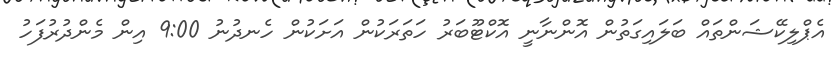
އެޕްލިކޭޝަންތައް ބަލައިގަތުން އޮންނާނީ އޮކްޓޫބަރު ހަތަރަކުން އަށަކުން ހެނދުނު 9:00 އިން މެންދުރުފަހު